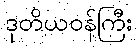
ဒုတိယဝန်ကြီး